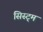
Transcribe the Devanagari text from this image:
सिस्ट्म